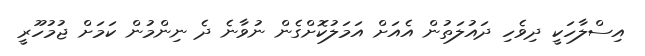
އިސްލާހަކީ ދިވެހި ދައުލަތުން އެއަށް އަމަލުކޮށްގެން ނުވާނެ ދެ ނިންމުން ކަމަށް ޖުމުހޫރީ